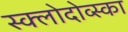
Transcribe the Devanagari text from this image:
स्क्लोदोव्स्का